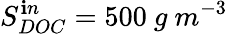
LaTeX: S_{DOC}^{\mathbf{i}n}=500\ g\ m^{-3}